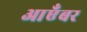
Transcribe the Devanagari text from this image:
आएँबर